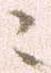
ニ